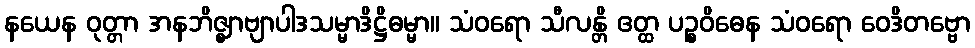
နယေန ဝုတ္တာ အနဘိဇ္ဈာဗျာပါဒသမ္မာဒိဋ္ဌိဓမ္မာ။ သံဝရော သီလန္တိ ဧတ္ထ ပဉ္စဝိဓေန သံဝရော ဝေဒိတဗ္ဗော